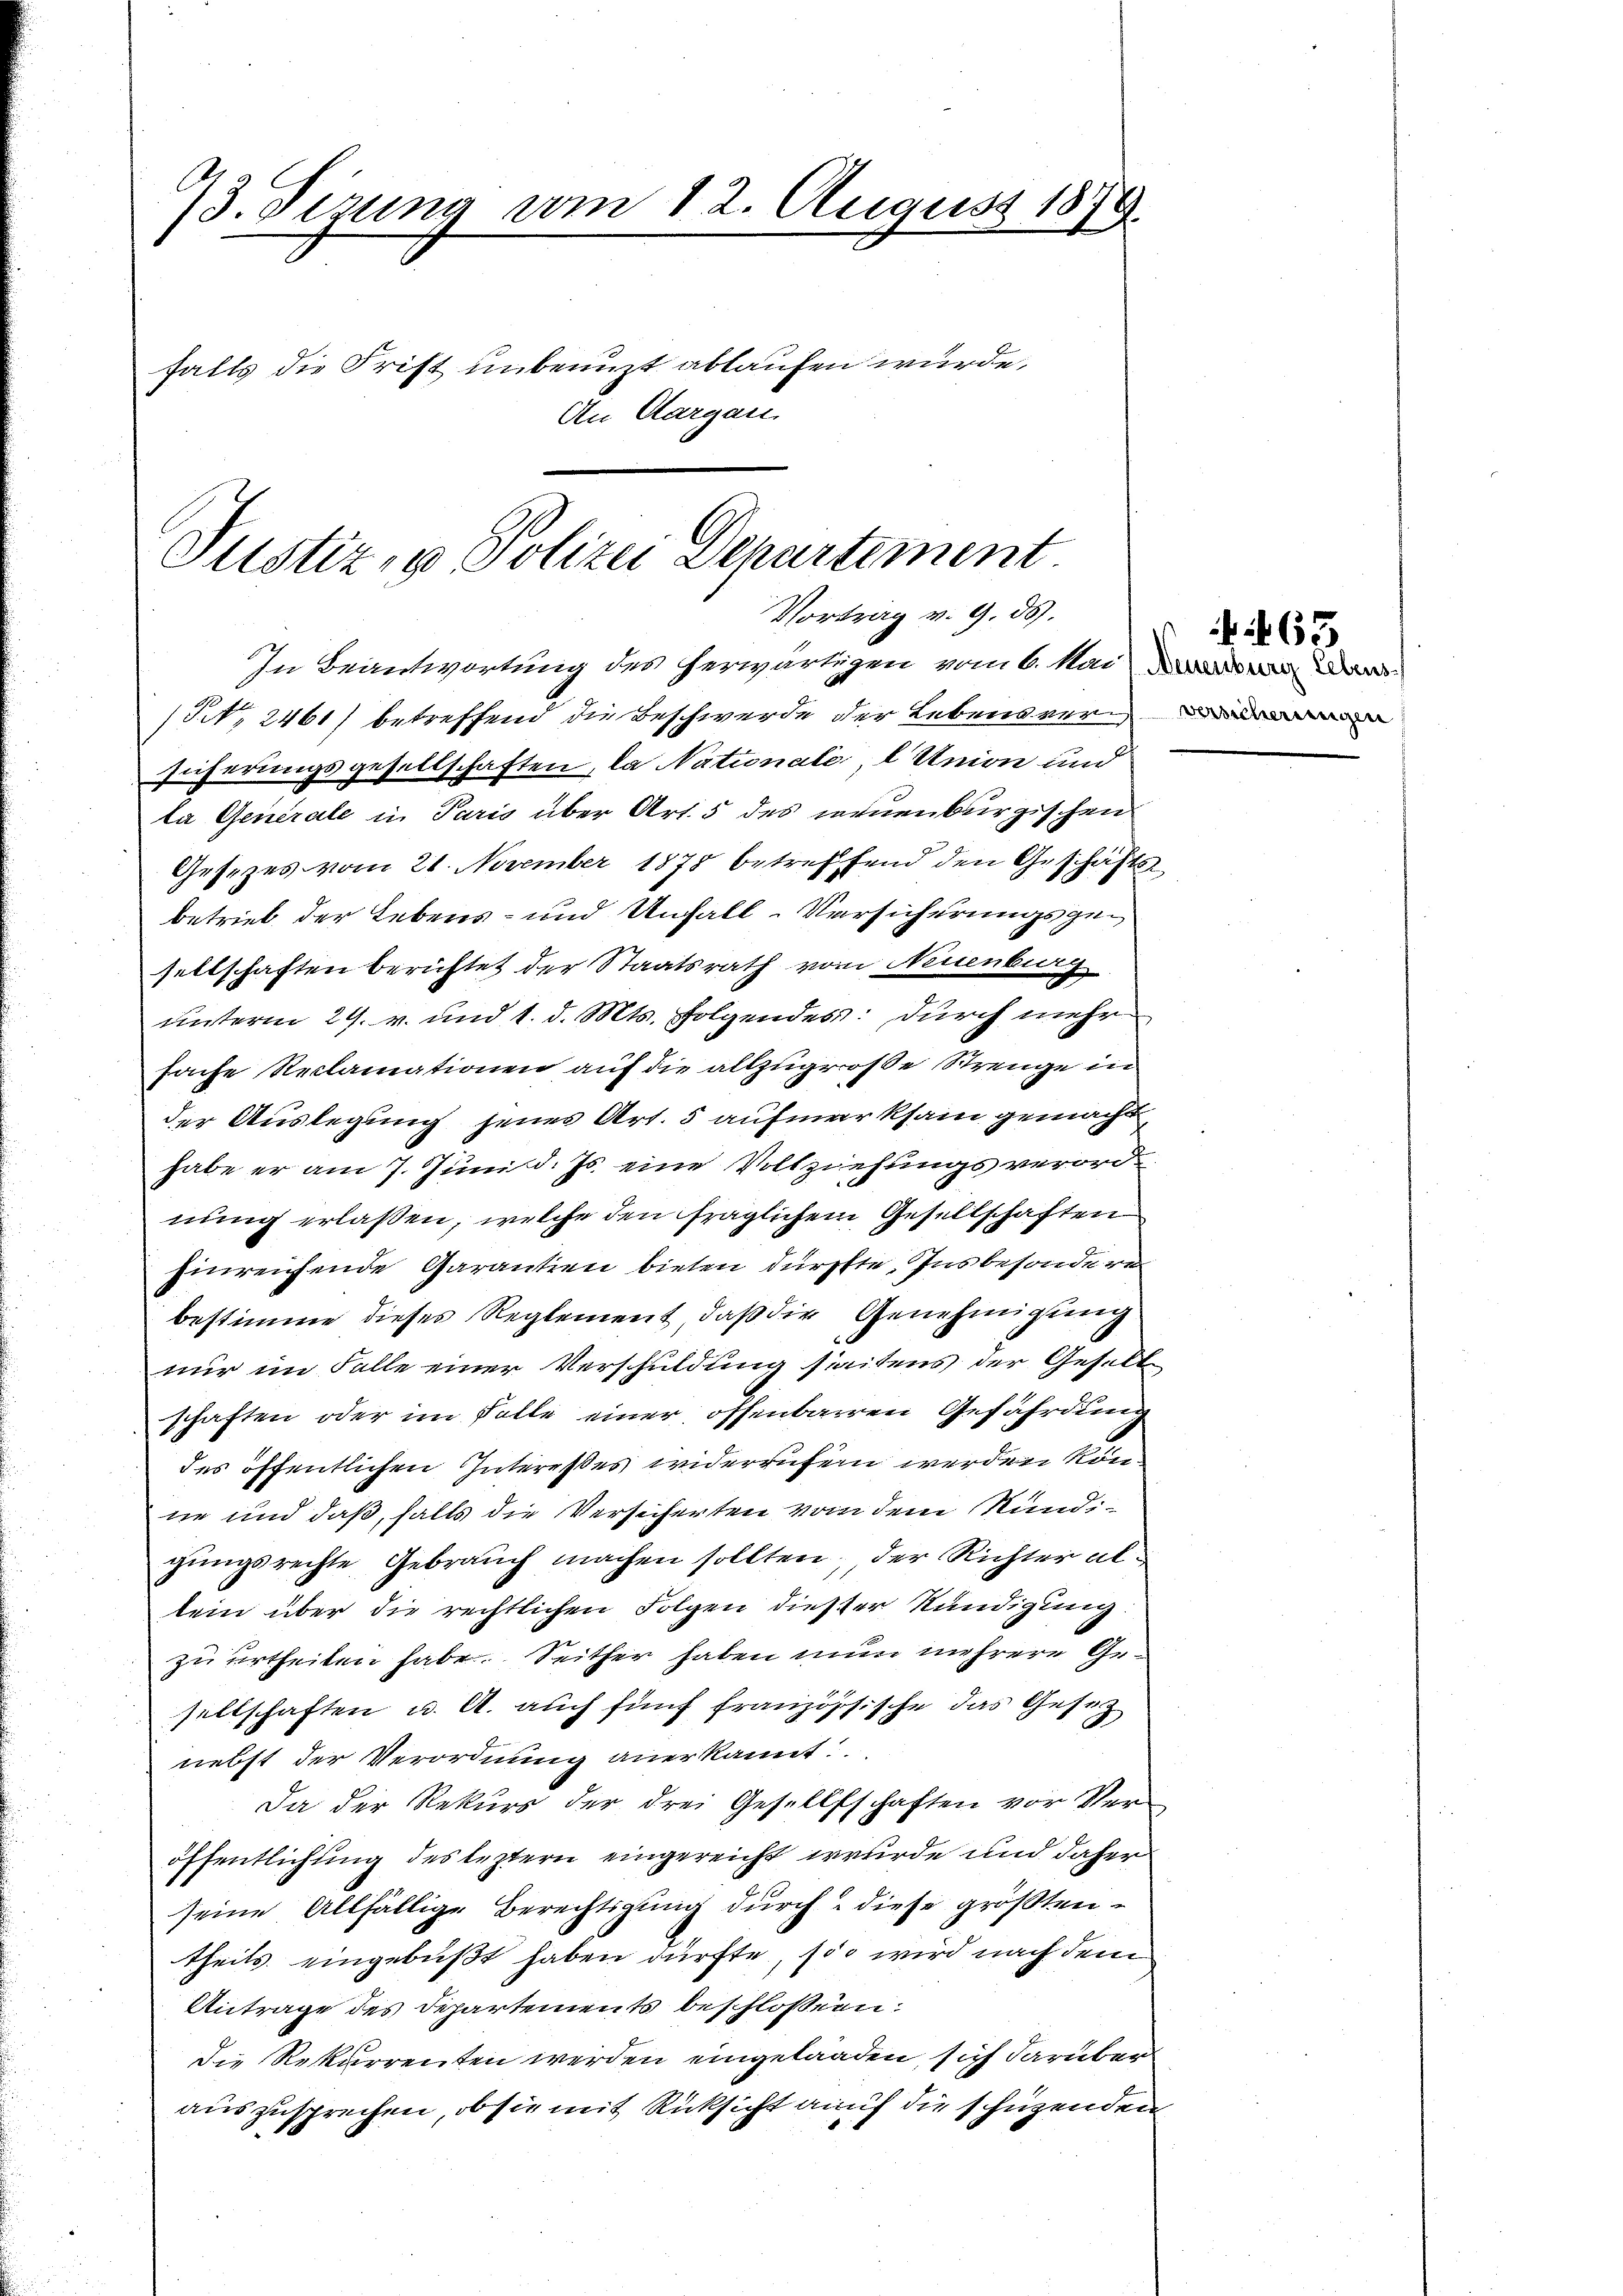
93. Sizung vom 12. August 1879.
falls die Frist unbenuzt ablaufen wurde,
An Aargau.

Justiz- & Polizei Departement
Vortrag v. 9. ds.

In Beantwortung des herwärtigen vom 6. Mai, was wir da
(Nr. 2461) betreffend die Beschwerde der Lebensversicherungsgesellschaften, da Nationale, l Union und
la Generale in Paris über Art. 5 des neuenburgischen
Gesetzes vom 21. November 1878 betreffend den Geschäfts-
betrieb der Lebens- und Unfall-Versicherungsgesellschaften berichtet der Staatsrath von Neuenburg
unterm 29. v. und 1. d. Mts. folgendes: durch mehr
fache Reclamationen auf die allzugroße Strenge in
der Auslegung jenes Art. 5 aufmerksam gemacht
habe er am 7. Juni d. Js. eine Vollziehungsverordnung erlaßen, welche den fraglichem Gesellschaften
Einreichende Garantien bieten dürfte, Insbesondere
bestimme dieses Reglement, daß die Genehmigung
nur im Falle einer Verschuldung seitens der Gesell
schaften oder im Falle einer offenbarren Gefährdung
des öffentlichen Interesses widerrufern werden kön
ne und daß, falls die Versicherten von dem Kundigungsrechte Gebrauch machen sollten, der Richter alkein über die rechtlichen Folgen diester Kündigung
zu urtheilen habe. Seither haben nun mehrere Gesellschaften u. A. auch fünf französische das Gesetz
nebst der Verordnung anerkannt.
Da der Rekurs der drei Gesellschaften vor Ver-
öffentlichung des leztern eingereicht wurde und daher
seine Allfällige Berechtigung durch diese größtentheils eingebüßt haben dürfte, so wird nach dem
Antrage des Departements beschlossen:
die Rekurrenten werden eingelanden, sich darüber
auszusprechen, ob sie mit Rücksicht auf die schuzenden

63.